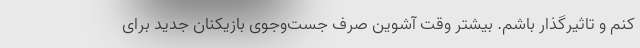
کنم و تاثیرگذار باشم. بیشتر وقت آشوین صرف جست‌وجوی بازیکنان جدید برای